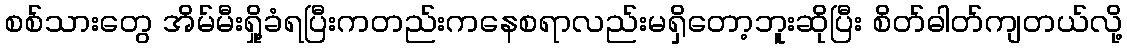
စစ်သားတွေ အိမ်မီးရှို့ခံရပြီးကတည်းကနေစရာလည်းမရှိတော့ဘူးဆိုပြီး စိတ်ဓါတ်ကျတယ်လို့